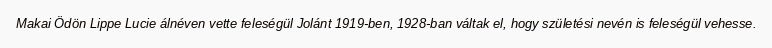
Makai Ödön Lippe Lucie álnéven vette feleségül Jolánt 1919-ben, 1928-ban váltak el, hogy születési nevén is feleségül vehesse.